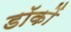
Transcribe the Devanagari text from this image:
डॉकों